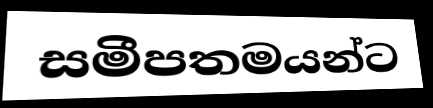
සමීපතමයන්ට